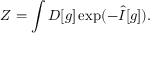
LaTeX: Z = \int D [ g ] \exp ( - \hat { I } [ g ] ) .